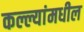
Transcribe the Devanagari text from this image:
कल्ल्यांमधील